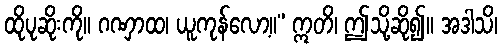
ထိုပုဆိုးကို။ ဂဏှာထ၊ ယူကုန်လော့။” ဣတိ၊ ဤသို့ဆို၍။ အဒါသိ၊